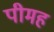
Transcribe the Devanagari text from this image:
पीमह